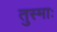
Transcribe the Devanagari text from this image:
तुस्माः